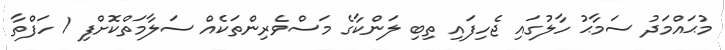
މުޙައްމަދު ސަމާޙު ހާލުގައި ޖެހިފައި ތިބި ލަންކާގެ މަސްވެރިންތަކެއް ސަލާމަތްކޮށްފި 1 ހަފްތާ